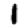
Digit: 1